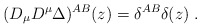
\begin{align*}(D_\mu D^\mu \Delta)^{AB} (z) = \delta^{AB} \delta (z)\; .\end{align*}